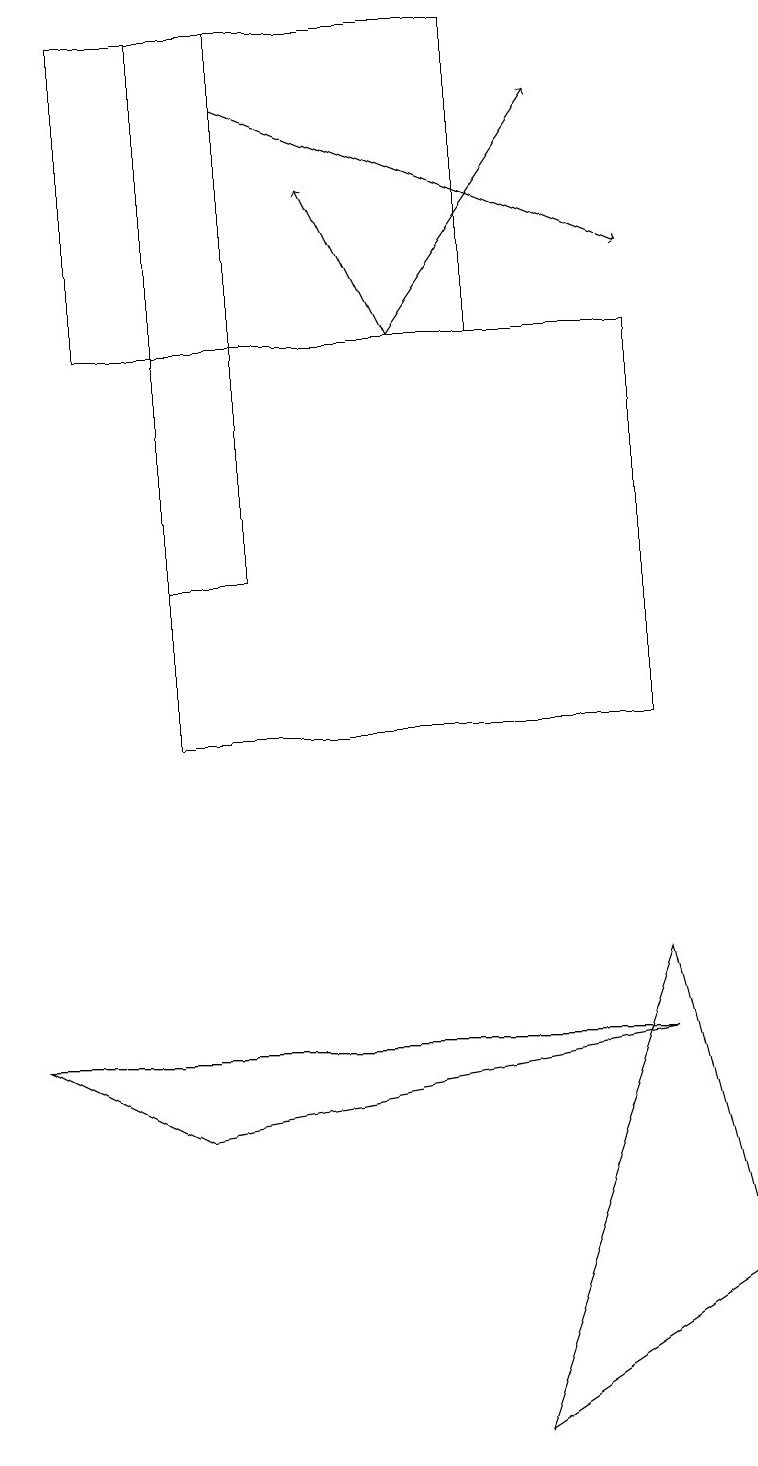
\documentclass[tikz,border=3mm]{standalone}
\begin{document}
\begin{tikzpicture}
\draw[->] (5,15) -- (7,18);
\draw (9,3) -- (6,1) -- (8,7) -- cycle;
\draw (1,19) rectangle (6,15);
\draw[->] (5,15) -- (4,17);
\draw (2,12) rectangle (3,19);
\draw[->] (3,18) -- (8,16);
\draw (2,10) rectangle (8,15);
\draw (0,6) -- (2,5) -- (8,6) -- cycle;
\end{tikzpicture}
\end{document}